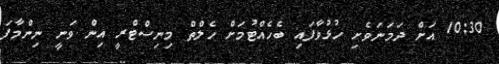
10:30 އަށް ދަމަނަވެށި ހުޅުވާފައި ބެހެއްޓުމަށް ހެލްތް މިނިސްޓްރީ އިން ވަނީ ނިންމާފަ